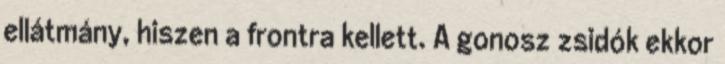
ellátmány, hiszen a frontra kellett. A gonosz zsidók ekkor